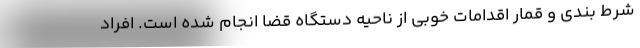
شرط بندی و قمار اقدامات خوبی از ناحیه دستگاه قضا انجام شده است. افراد